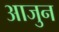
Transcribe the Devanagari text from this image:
आजुन